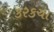
કરકચા